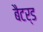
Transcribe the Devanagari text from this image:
बैटर्ड